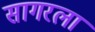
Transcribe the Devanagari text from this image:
सागरला